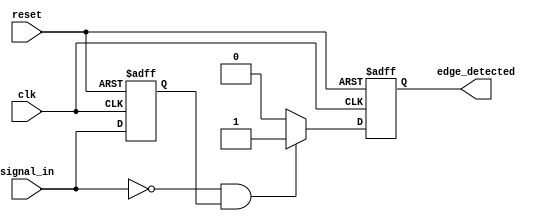
module negative_edge_detector (
    input wire clk,          // Clock signal
    input wire reset,        // Reset signal
    input wire signal_in,    // Input signal to detect negative edge
    output reg edge_detected  // Output signal indicating negative edge detection
);

    // Internal signal to hold the previous state of signal_in
    reg previous_state;

    // Always block triggered on the rising edge of the clock
    always @(posedge clk or posedge reset) begin
        if (reset) begin
            // Initialize the previous state and edge_detected on reset
            previous_state <= 1'b0;
            edge_detected <= 1'b0;
        end else begin
            // Capture the current state of signal_in
            previous_state <= signal_in;

            // Edge detection logic
            if (signal_in == 1'b0 && previous_state == 1'b1) begin
                edge_detected <= 1'b1; // Negative edge detected
            end else begin
                edge_detected <= 1'b0; // No edge detected
            end
        end
    end

endmodule